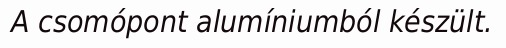
A csomópont alumíniumból készült.